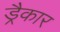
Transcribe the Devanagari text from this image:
ड्रैकार